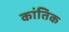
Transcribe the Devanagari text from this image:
कांतिक